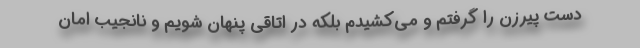
دست پیرزن را گرفتم و می‌کشیدم بلکه در اتاقی پنهان شویم و نانجیب امان